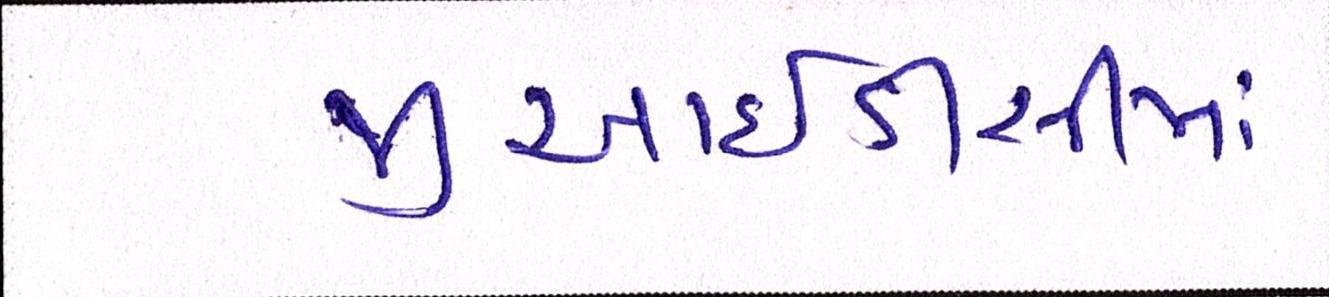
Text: જીઆઇડીસીમાં